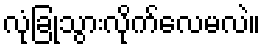
လုံခြုံသွားလိုက်လေမလဲ။